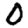
Digit: 0